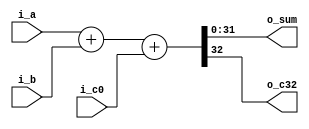

module m_adder(input [31:0] i_a, i_b, input i_c0, output [31:0] o_sum, output o_c32);
  assign {o_c32, o_sum} = i_a + i_b + i_c0;
endmodule

module m_multiply4(input [31:0] i_d0, output [31:0] o_out);
  wire [1:0] trash;
  assign {trash, o_out} = 4 * i_d0;
endmodule

module m_equal(input [31:0] i_d0, i_d1, output o_out);
  assign o_out = i_d0 == i_d1;
endmodule

module m_expand(input [15:0] i_d0, output [31:0] o_out);
  assign o_out = {{16{i_d0[15]}}, i_d0};
endmodule